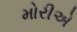
મોરીએ